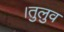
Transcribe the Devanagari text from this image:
।तुलुव